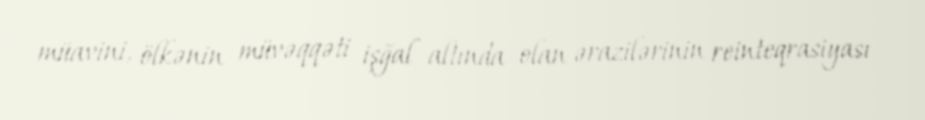
müavini, ölkənin müvəqqəti işğal altında olan ərazilərinin reinteqrasiyası